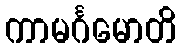
ကာမင်္ဂမောတိ